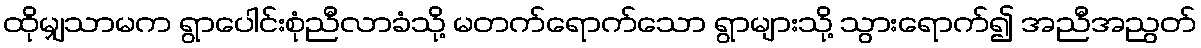
ထိုမျှသာမက ရွာပေါင်းစုံညီလာခံသို့ မတက်ရောက်သော ရွာများသို့ သွားရောက်၍ အညီအညွတ်